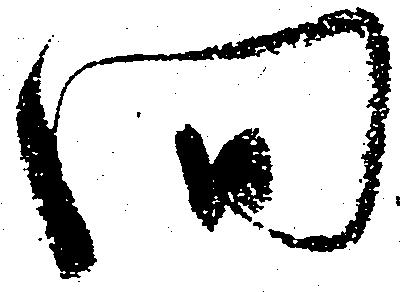
間